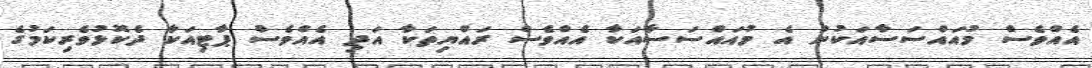
އެއްވެސް މުއައްސަސާއަކުން އެ މުއައްސަސާއަކާ އެއްވެސް ރައްޔިތަކާ އަދި އެއްވެސް ޕާޓިއަކާ ދެކޮޅުވެރިކަމުގެ